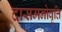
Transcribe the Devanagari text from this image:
दासमनोवृत्ति